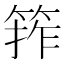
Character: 𮅖